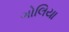
ગોલિયા